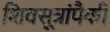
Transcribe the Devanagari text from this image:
शिवसूत्रांपैकी